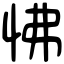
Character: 怫